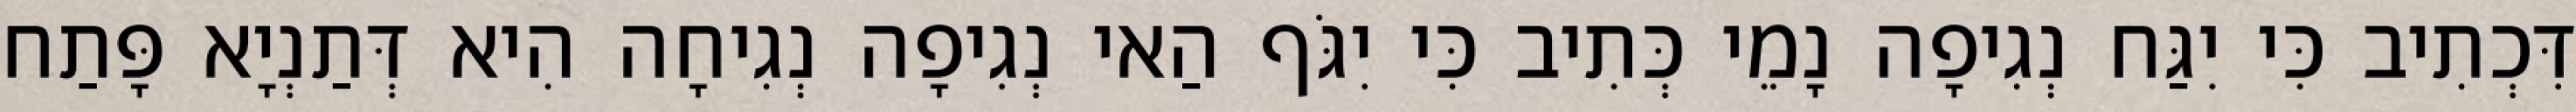
דִּכְתִיב כִּי יִגַּח נְגִיפָה נָמֵי כְּתִיב כִּי יִגֹּף הַאי נְגִיפָה נְגִיחָה הִיא דְּתַנְיָא פָּתַח